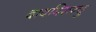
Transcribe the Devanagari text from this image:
दावमिरुन्दु